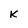
Character: K